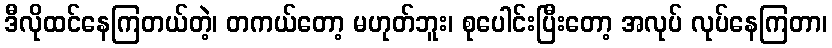
ဒီလိုထင်နေကြတယ်တဲ့၊ တကယ်တော့ မဟုတ်ဘူး၊ စုပေါင်းပြီးတော့ အလုပ် လုပ်နေကြတာ၊